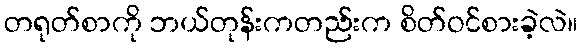
တရုတ်စာကို ဘယ်တုန်းကတည်းက စိတ်ဝင်စားခဲ့လဲ။